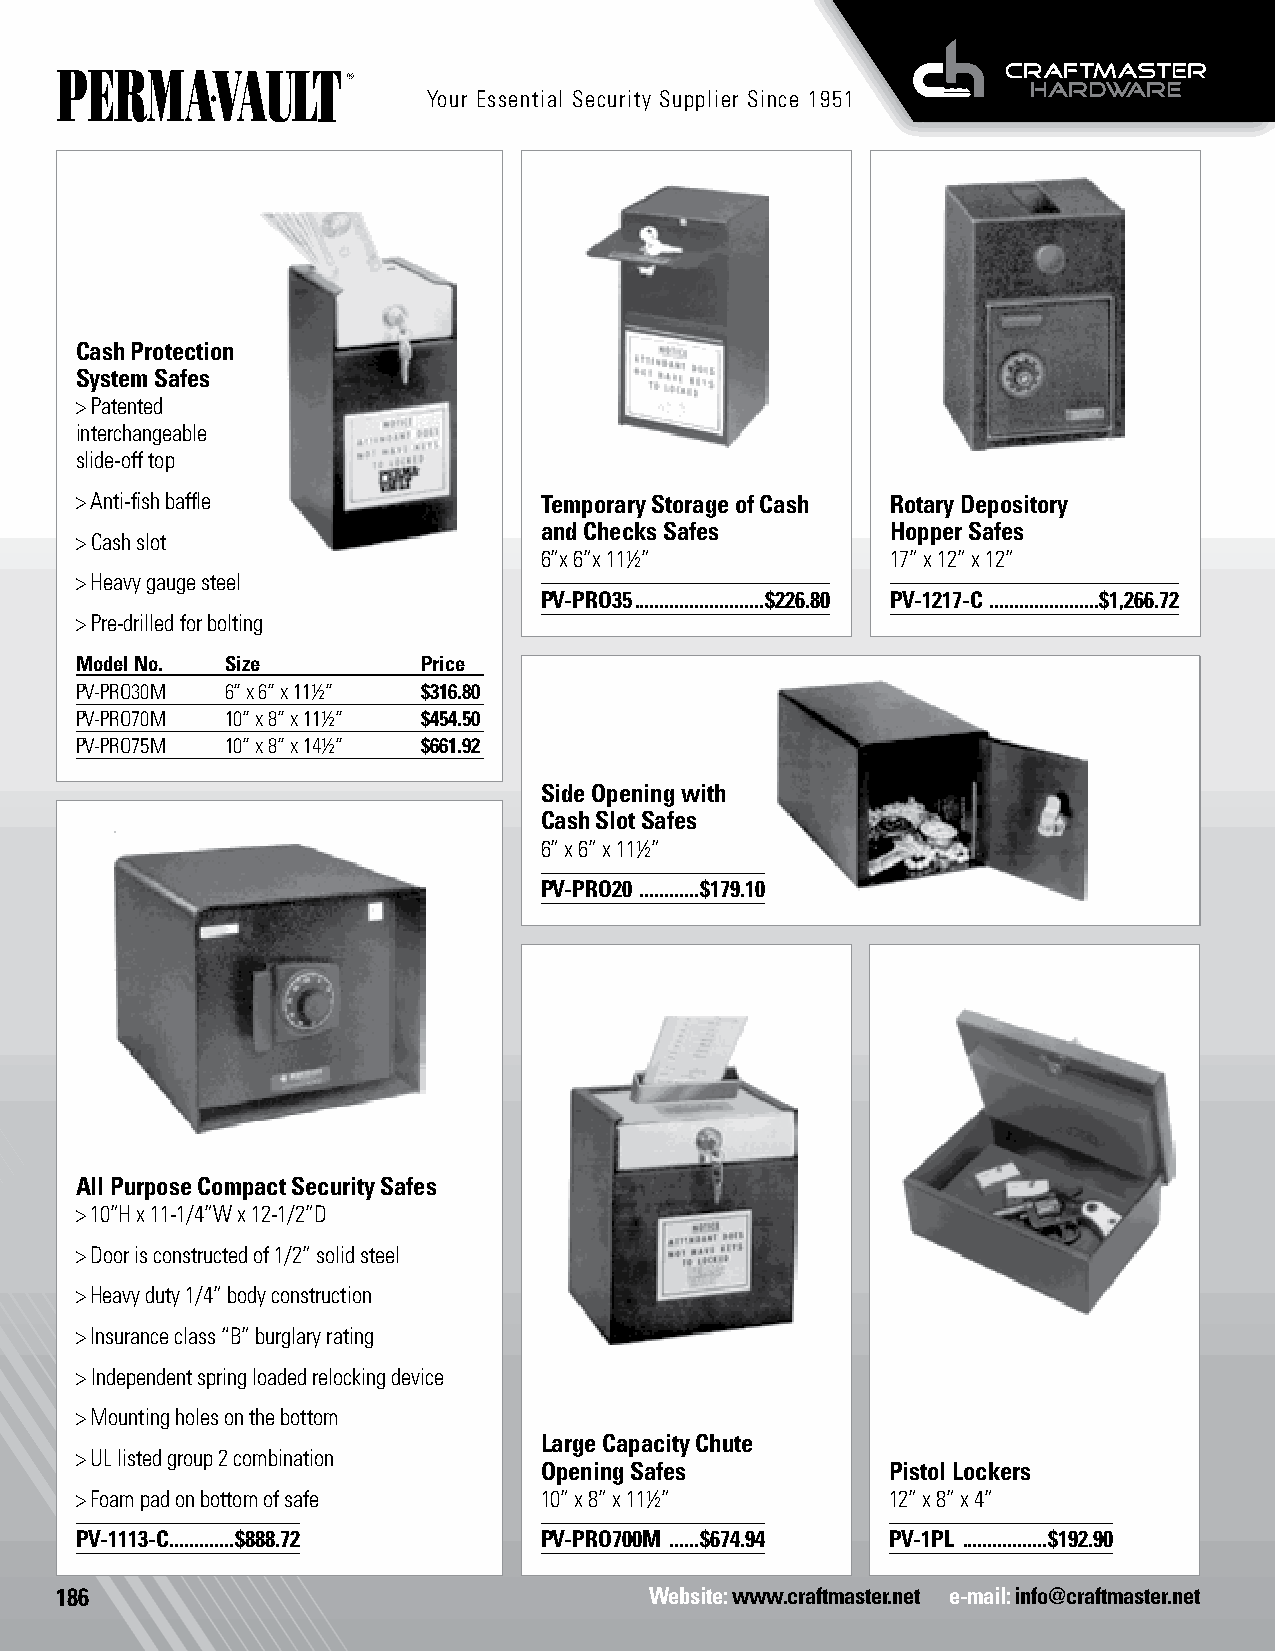
Cash Boxes
 Your Essential Security Supplier Since 1951
 Cash Protection
 System Safes
 > Patented
 interchangeable
 slide-off top
 > Anti-fish baffle             Temporary Storage of Cash Rotary Depository
 and Checks Safes       Hopper Safes
 > Cash slot
 6”x 6”x 11½”           17” x 12” x 12”
 > Heavy gauge steel
 PV-PRO35 ..........................$226.80 PV-1217-C ......................$1,266.72
 > Pre-drilled for bolting
 Model No. Size         Price
 PV-PRO30M 6” x 6” x 11½” $316.80
 PV-PRO70M 10” x 8” x 11½” $454.50
 PV-PRO75M 10” x 8” x 14½” $661.92
 Side Opening with
 Cash Slot Safes
 6” x 6” x 11½”
 PV-PRO20 ............$179.10
 All Purpose Compact Security Safes
 > 10”H x 11-1/4”W x 12-1/2”D
 > Door is constructed of 1/2” solid steel
 > Heavy duty 1/4” body construction
 > Insurance class “B” burglary rating
 > Independent spring loaded relocking device
 > Mounting holes on the bottom
 Large Capacity Chute   Gun Lockers Safes
 > UL listed group 2 combination
 Opening Safes          Pistol Lockers
 > Foam pad on bottom of safe   10” x 8” x 11½”        12” x 8” x 4”
 PV-1113-C .............$888.72 PV-PRO700M ......$674.94 PV-1PL .................$192.90
 186                                    Website: www.craftmaster.net e-mail: info@craftmaster.net